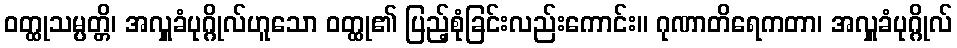
ဝတ္ထုသမ္ပတ္တိ၊ အလှူခံပုဂ္ဂိုလ်ဟူသော ဝတ္ထု၏ ပြည့်စုံခြင်းလည်းကောင်း။ ဂုဏာတိရေကတာ၊ အလှူခံပုဂ္ဂိုလ်